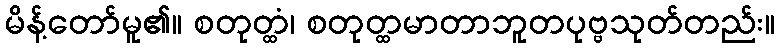
မိန့်တော်မူ၏။ စတုတ္ထံ၊ စတုတ္ထမာတာဘူတပုဗ္ဗသုတ်တည်း။